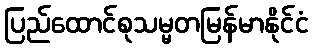
ပြည်ထောင်စုသမ္မတမြန်မာနိုင်ငံ